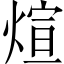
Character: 煊